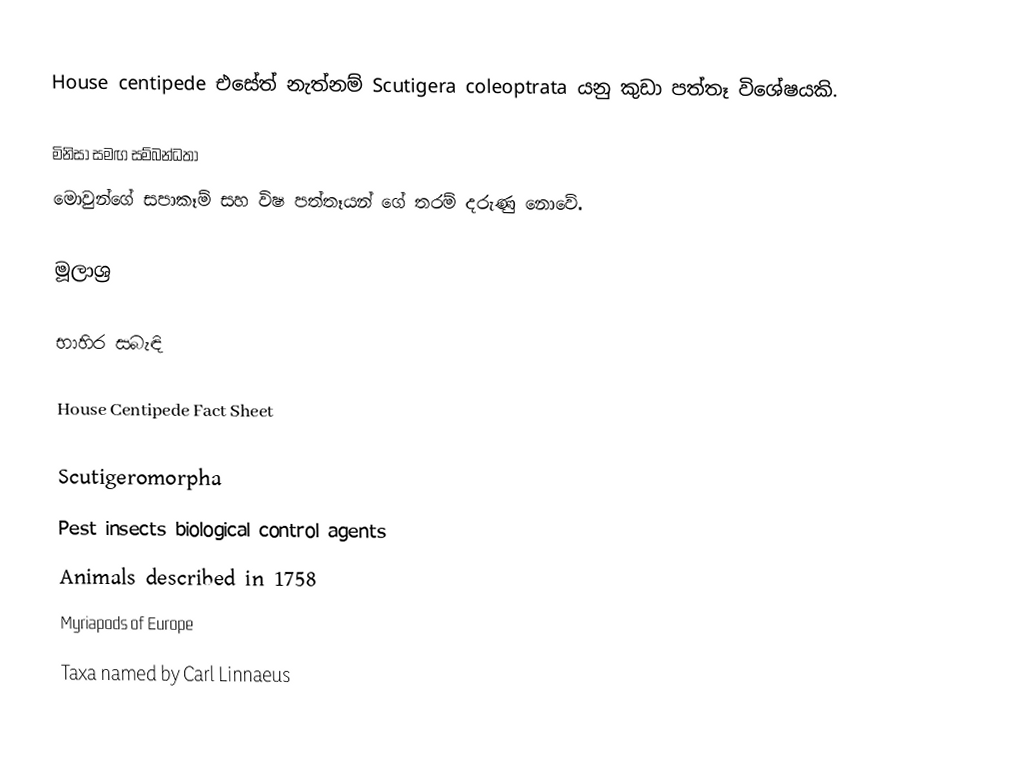
House centipede එසේත් නැත්නම් Scutigera coleoptrata යනු කුඩා පත්තෑ විශේෂයකි.

මිනිසා සමඟ සම්බන්ධතා
මොවුන්ගේ සපාකෑම් සහ විෂ පත්තෑයන් ගේ තරම් දරුණු නොවේ.

මූලාශ්‍ර

භාහිර සබැඳි

 House Centipede Fact Sheet

Scutigeromorpha
Pest insects biological control agents
Animals described in 1758
Myriapods of Europe
Taxa named by Carl Linnaeus